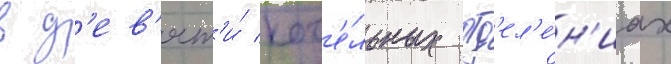
в д'ев'ят'и́ кот'е́льных отд'ел'е́н'иах